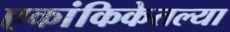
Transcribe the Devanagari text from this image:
एकांकिकेतल्या